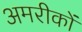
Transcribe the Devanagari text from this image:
अमरीकों